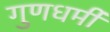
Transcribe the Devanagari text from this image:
गुणधर्मी